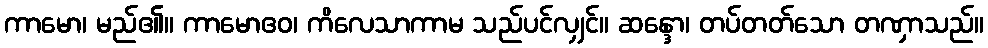
ကာမော၊ မည်၏။ ကာမောဧဝ၊ ကိလေသာကာမ သည်ပင်လျှင်။ ဆန္ဒော၊ တပ်တတ်သော တဏှာသည်။